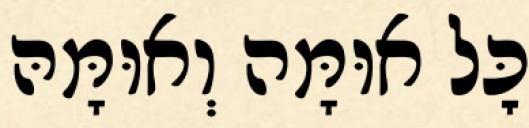
כׇּל אוּמָּה וְאוּמָּהּ